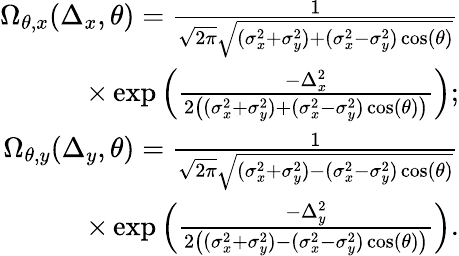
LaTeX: \begin{array}{r}{\Omega_{\theta,x}(\Delta_{x},\theta)=\frac{1}{\sqrt{2\pi}\sqrt{(\sigma_{x}^{2}+\sigma_{y}^{2})+(\sigma_{x}^{2}-\sigma_{y}^{2})\cos(\theta)}}}\\ {\times\exp\left(\frac{-\Delta_{x}^{2}}{2\left((\sigma_{x}^{2}+\sigma_{y}^{2})+(\sigma_{x}^{2}-\sigma_{y}^{2})\cos(\theta)\right)}\right);}\\ {\Omega_{\theta,y}(\Delta_{y},\theta)=\frac{1}{\sqrt{2\pi}\sqrt{(\sigma_{x}^{2}+\sigma_{y}^{2})-(\sigma_{x}^{2}-\sigma_{y}^{2})\cos(\theta)}}}\\ {\times\exp\left(\frac{-\Delta_{y}^{2}}{2\left((\sigma_{x}^{2}+\sigma_{y}^{2})-(\sigma_{x}^{2}-\sigma_{y}^{2})\cos(\theta)\right)}\right).}\end{array}